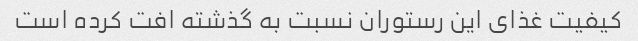
کیفیت غذای این رستوران نسبت به گذشته افت کرده است